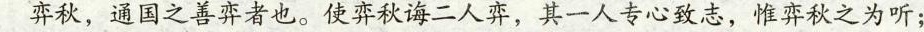
弈秋，通国之善弈者也。使弈秋诲二人弈，其一人专心致志，惟弈秋之为听；